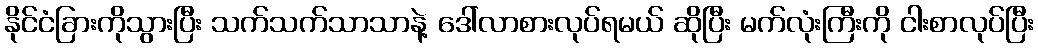
နိုင်ငံခြားကိုသွားပြီး သက်သက်သာသာနဲ့ ဒေါ်လာစားလုပ်ရမယ် ဆိုပြီး မက်လုံးကြီးကို ငါးစာလုပ်ပြီး